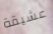
عشيقة